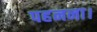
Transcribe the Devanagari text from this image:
पहनना।